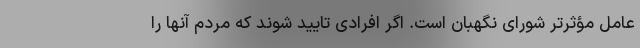
عامل مؤثرتر شورای نگهبان است. اگر افرادی تایید شوند که مردم آنها را